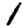
Digit: 1